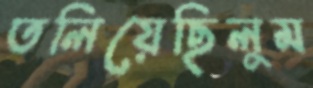
তলিয়েছিলুম